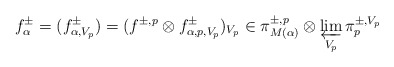
\begin{align*}f_{\alpha}^{\pm}=(f_{\alpha,V_{p}}^{\pm})=(f^{\pm, p}\otimes f^{\pm}_{\alpha,p, V_{p}})_{V_{p}} \in \pi^{\pm, p}_{M(\alpha)}\otimes \varprojlim_{V_{p}}\pi_{p}^{\pm, V_{p}}\end{align*}